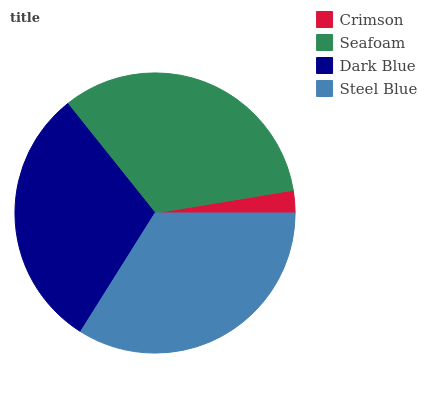
| Crimson | Seafoam | Dark Blue | Steel Blue |
 | --- | --- | --- | --- |
 | 2.59% | 33.1% | 30.4% | 33.9% |